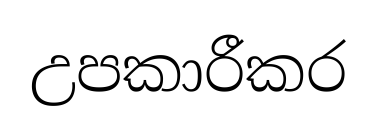
උපකාරීකර